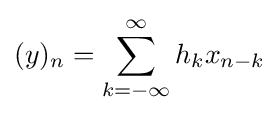
(y)_{n}=\sum _{k=-\infty }^{\infty }h_{k}x_{n-k}